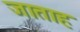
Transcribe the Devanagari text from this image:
जाताह